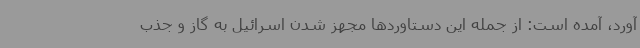
آورد، آمده است: از جمله این دستاوردها مجهز شدن اسرائیل به گاز و جذب